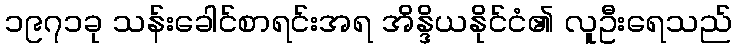
၁၉၇၁ခု သန်းခေါင်စာရင်းအရ အိန္ဒိယနိုင်ငံ၏ လူဦးရေသည်